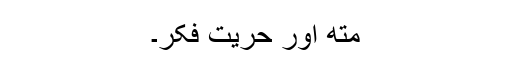
متھ اور حریت فکر۔